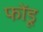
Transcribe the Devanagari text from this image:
फोंडू